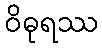
ဝိဓုရဿ